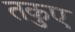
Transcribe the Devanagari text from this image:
तकुए